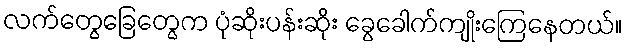
လက်တွေခြေတွေက ပုံဆိုးပန်းဆိုး ခွေခေါက်ကျိုးကြေနေတယ်။